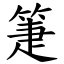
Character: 箑